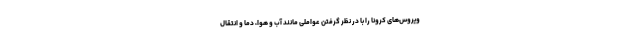
ویروس‌های کرونا را با در نظر گرفتن عواملی مانند آب و هوا، دما و انتقال